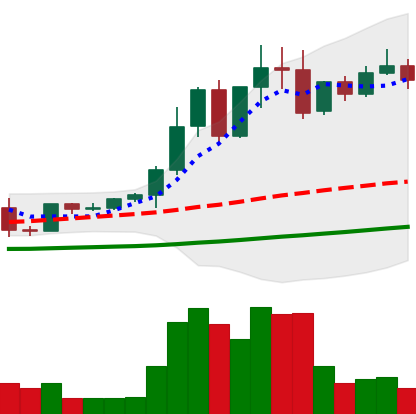
Ticker: EOS-USD
Chart end date: 2021-04-12
Forward return: 21.585%
Label: up_7plus